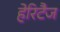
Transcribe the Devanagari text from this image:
हेरिटैज